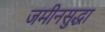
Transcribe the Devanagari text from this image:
जमीनसुद्धा